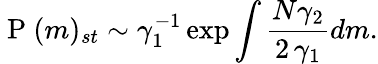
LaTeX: \mathrm{~P~}(m)_{st}\sim\gamma_{1}^{-1}\exp\int\frac{N\gamma_{2}}{2\, \gamma_{1}}dm.